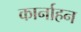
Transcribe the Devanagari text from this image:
कार्नाहन